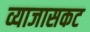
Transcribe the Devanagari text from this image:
व्याजासकट